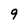
Character: 9